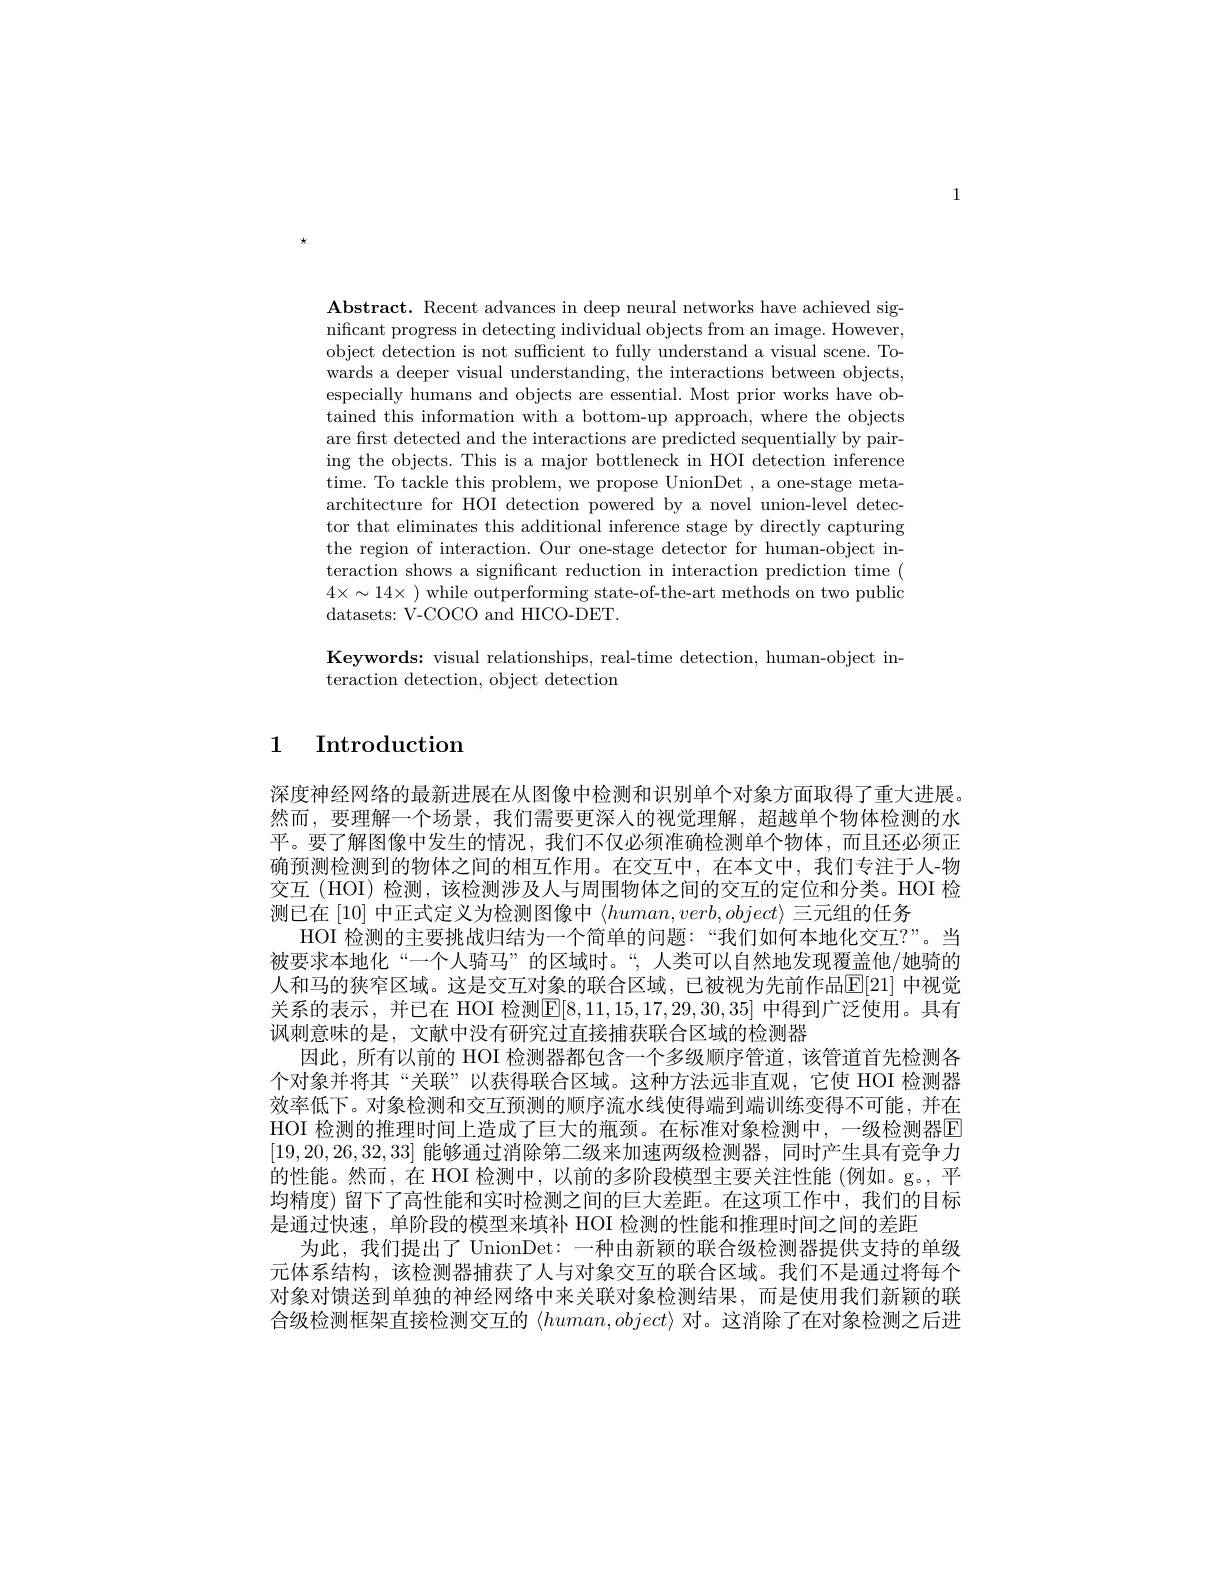
1

$\textbf{Abstract. Recent advances in deep neural networks have achieved sig- }$ nificant progress in detecting individual objects from an image. However, object detection is not sufficient to fully understand a visual scene. Towards a deeper visual understanding, the interactions between objects, especially humans and objects are essential. Most prior works have obtained this information with a bottom-up approach, where the objects are first detected and the interactions are predicted sequentially by pairing the objects. This is a major bottleneck in HOI detection inference time. To tackle this problem, we propose UnionDet , a one-stage metaarchitecture for HOI detection powered by a novel union-level detector that eliminates this additional inference stage by directly capturing the region of interaction. Our one-stage detector for human-object interaction shows a significant reduction in interaction prediction time ( $4\times\sim14\times$ ) while outperforming state-of-the-art methods on two public datasets: V-COCO and HICO-DET.

Keywords: visual relationships, real-time detection, human-object in-
teraction detection, object detection

### 1 Introduction

深度神经网络的最新进展在从图像中检测和识别单个对象方面取得了重大进展。然而，要理解一个场景，我们需要更深人的视觉理解，超越单个物体检测的水平。要了解图像中发生的情况，我们不仅必须准确检测单个物体，而且还必须正确预测检测到的物体之间的相互作用。在交互中，在本文中，我们专注于人-物交互(HOI)检测，该检测涉及人与周围物体之间的交互的定位和分类。HOI 检测已在 [10] 中正式定义为检测图像中$\langle human,verb,object\rangle$三元组的任务
HOI 检测的主要挑战归结为一个简单的问题：“我们如何本地化交互？”。当被要求本地化“一个人骑马”的区域时。“,人类可以自然地发现覆盖他/她骑的人和马的狭窄区域。这是交互对象的联合区域，已被视为先前作品E[21] 中视觉关系的表示，并已在 HOI 检测$\mathbb{E}[8,11,15,17,29,30,35]$ 中得到广泛使用。具有讽刺意味的是，文献中没有研究过直接捕获联合区域的检测器
因此，所有以前的 HOI 检测器都包含一个多级顺序管道，该管道首先检测各个对象并将其“关联”以获得联合区域。这种方法远非直观，它使 HOI 检测器效率低下。对象检测和交互预测的顺序流水线使得端到端训练变得不可能，并在HOI 检测的推理时间上造成了巨大的瓶颈。在标准对象检测中，一级检测器E [19,20,26,32,33]能够通过消除第二级来加速两级检测器，同时产生具有竞争力的性能。然而，在 HOI 检测中，以前的多阶段模型主要关注性能(例如。g。,平均精度)留下了高性能和实时检测之间的巨大差距。在这项工作中，我们的目标是通过快速，单阶段的模型来填补 HOI 检测的性能和推理时间之间的差距
为此，我们提出了 UnionDet: 一种由新颖的联合级检测器提供支持的单级元体系结构，该检测器捕获了人与对象交互的联合区域。我们不是通过将每个对象对馈送到单独的神经网络中来关联对象检测结果，而是使用我们新颖的联合级检测框架直接检测交互的$\langle human,object\rangle$对。这消除了在对象检测之后进